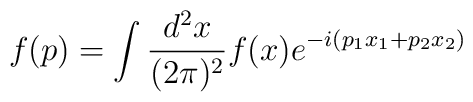
f(p) = \int \frac{d^2x}{(2\pi)^2} f(x)e^{-i(p_1 x_1 + p_2 x_2 )}